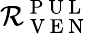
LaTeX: \mathcal{R}_{\mathrm{{~V~E~N~}}}^{\mathrm{{~P~U~L~}}}